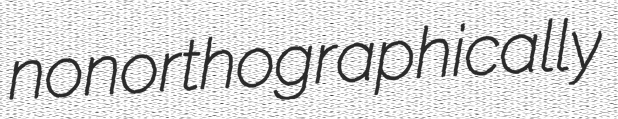
nonorthographically